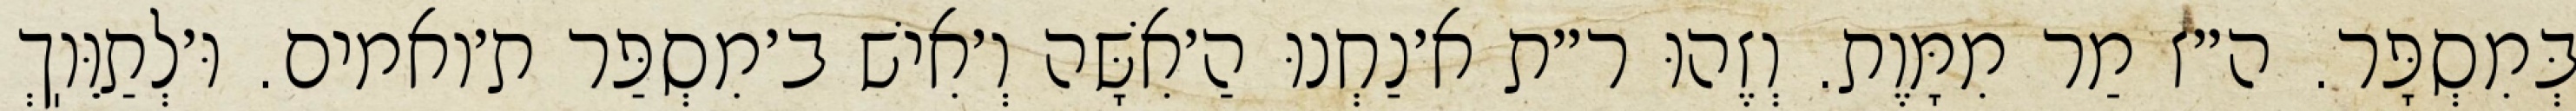
בְּמִסְפָּר. ה״ז מַר מִמָּוֶת. וְזֶהוּ ר״ת א׳נַחְנוּ הַ׳אִשָּׁה וְ׳אִישׁ ב׳מִסְפַּר ת׳ואמים. וּ׳לְתַוֵּוֽךְ